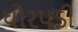
ધોરપડી